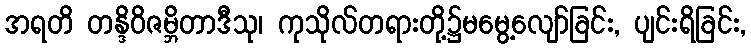
အရတိ တန္ဒိဝိဇမ္ဘိတာဒီသု၊ ကုသိုလ်တရားတို့၌မမွေ့လျော်ခြင်း, ပျင်းရိခြင်း,